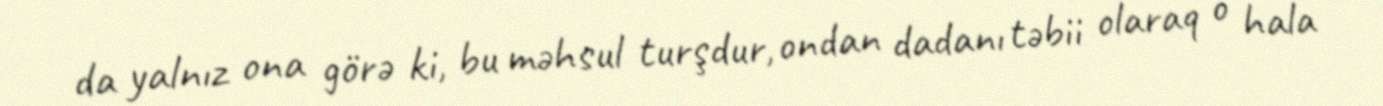
da yalnız ona görə ki, bu məhsul turşdur, ondan dadanı təbii olaraq o hala